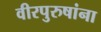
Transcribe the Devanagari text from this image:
वीरपुरुषांना